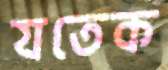
যতেক